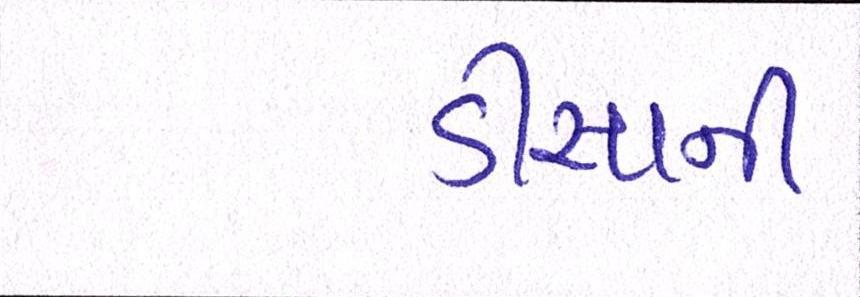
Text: ડીસાની